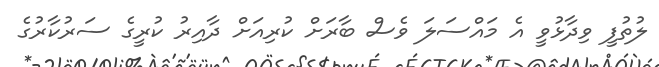
ލުތުފީ ވިދާޅުވީ އެ މައްސަލަ ވެސް ބާރަށް ކުރިއަށް ދާއިރު ކުރީގެ ސަރުކާރުގެ